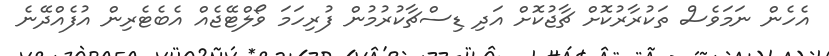
އެހެން ނަމަވެސް ތަކުރާރުކޮށް ޗާޖުކޮށް އަދި ޑިސްޗާކުރުމުން ފުރިހަމަ ވޯލްޓޭޖެއް އެބެޓެރިން އުފެއްދޭނެ